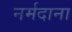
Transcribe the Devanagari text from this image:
नर्मदाना